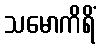
သမောကိရိံ